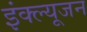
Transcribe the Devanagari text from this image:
इंक्ल्यूजन